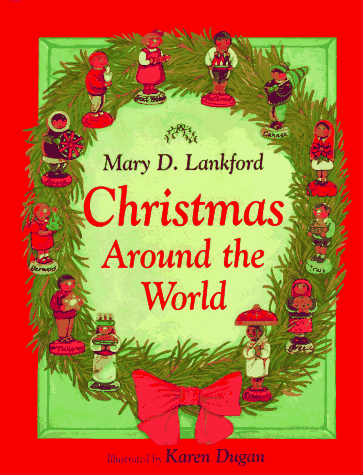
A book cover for Christmas Around the World; Mary D. Lankford; Children's Books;